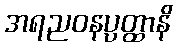
အရညဝနပ္ပတ္ထာနိ